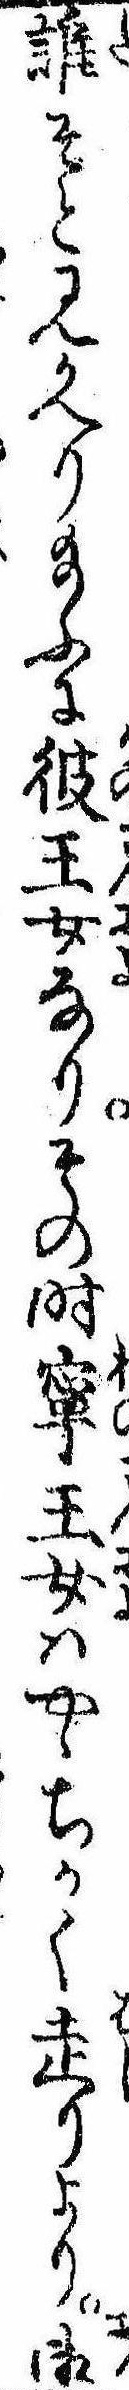
誰そと見かへり給ふに彼王女なりその時寧王女はやゝちかく走りより御